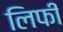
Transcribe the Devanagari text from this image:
लिफी